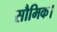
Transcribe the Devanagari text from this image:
सौमिक।